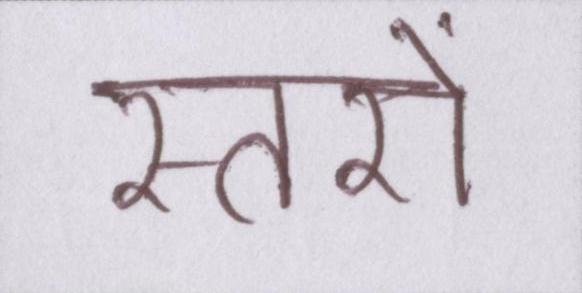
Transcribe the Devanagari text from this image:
स्तरों